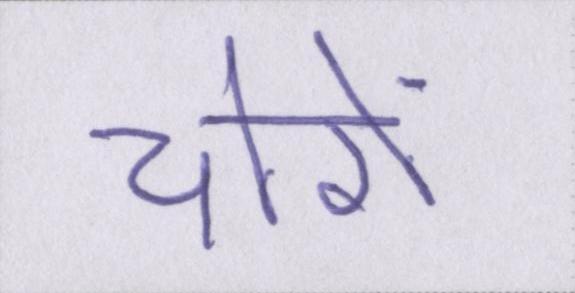
चोरों